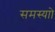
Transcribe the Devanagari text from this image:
समस्याो